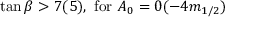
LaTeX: \tan \beta > 7 ( 5 ) , \, \, \mathrm { f o r } \, \, A _ { 0 } = 0 ( - 4 m _ { 1 / 2 } )